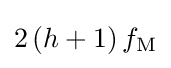
2\left(h+1\right)f_{\text{M}}